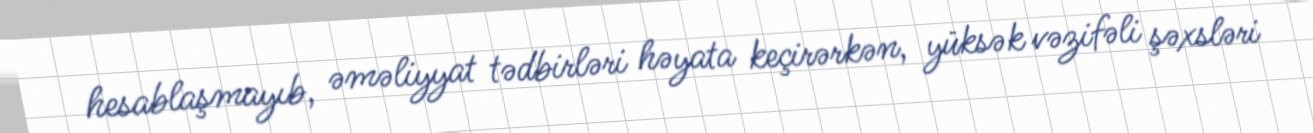
hesablaşmayıb, əməliyyat tədbirləri həyata keçirərkən, yüksək vəzifəli şəxsləri